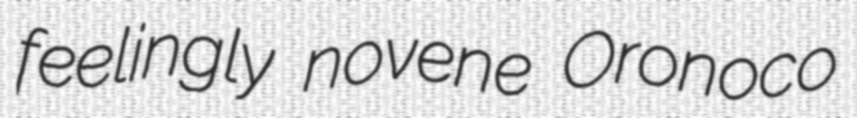
feelingly novene Oronoco